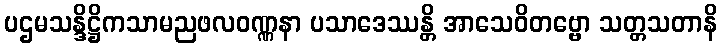
ပဌမသန္ဒိဋ္ဌိကသာမညဖလဝဏ္ဏနာ ပသာဒေဿန္တိ အာသေဝိတဗ္ဗော သတ္တသတာနိ